Civil Veterinary Department Bengal reports 1933-51 - 1933-1951
Year: 1933
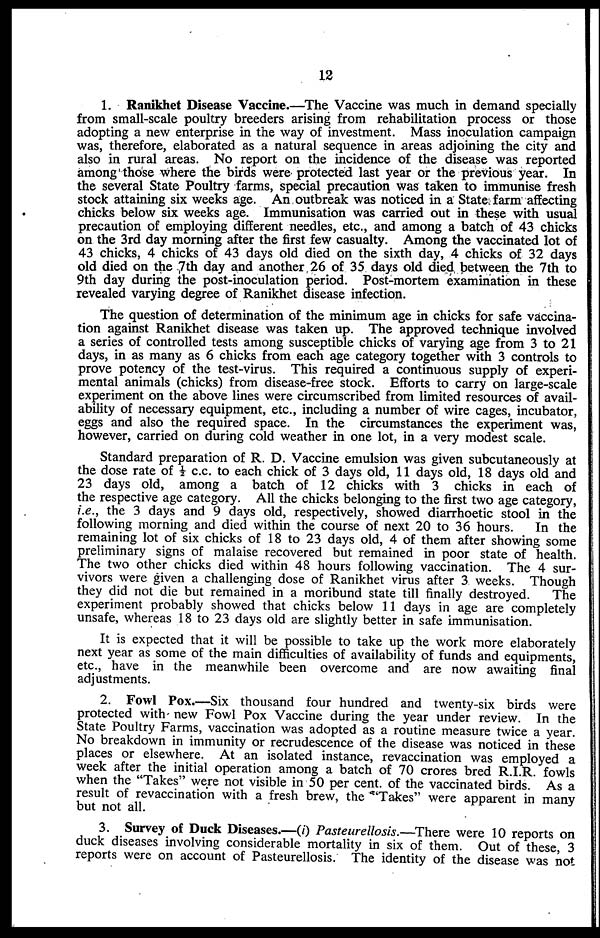
12
1. Ranikhet Disease Vaccine.—The Vaccine was much in demand specially
from small-scale poultry breeders arising from rehabilitation process or those
adopting a new enterprise in the way of investment. Mass inoculation campaign
was, therefore, elaborated as a natural sequence in areas adjoining the city and
also in rural areas. No report on the incidence of the disease was reported
among those where the birds were protected last year or the previous year. In
the several State Poultry farms, special precaution was taken to immunise fresh
stock attaining six weeks age. An outbreak was noticed in a State farm affecting
chicks below six weeks age. Immunisation was carried out in these with usual
precaution of employing different needles, etc., and among a batch of 43 chicks
on the 3rd day morning after the first few casualty. Among the vaccinated lot of
43 chicks, 4 chicks of 43 days old died on the sixth day, 4 chicks of 32 days
old died on the 7th day and another 26 of 35 days old died between the 7th to
9th day during the post-inoculation period. Post-mortem examination in these
revealed varying degree of Ranikhet disease infection.
The question of determination of the minimum age in chicks for safe vaccina-
tion against Ranikhet disease was taken up. The approved technique involved
a series of controlled tests among susceptible chicks of varying age from 3 to 21
days, in as many as 6 chicks from each age category together with 3 controls to
prove potency of the test-virus. This required a continuous supply of experi-
mental animals (chicks) from disease-free stock. Efforts to carry on large-scale
experiment on the above lines were circumscribed from limited resources of avail-
ability of necessary equipment, etc., including a number of wire cages, incubator,
eggs and also the required space. In the circumstances the experiment was,
however, carried on during cold weather in one lot, in a very modest scale.
Standard preparation of R. D. Vaccine emulsion was given subcutaneously at
the dose rate of ½ c.c. to each chick of 3 days old, 11 days old, 18 days old and
23 days old, among a batch of 12 chicks with 3 chicks in each of
the respective age category. All the chicks belonging to the first two age category,
i.e., the 3 days and 9 days old, respectively, showed diarrhoetic stool in the
following morning and died within the course of next 20 to 36 hours. In the
remaining lot of six chicks of 18 to 23 days old, 4 of them after showing some
preliminary signs of malaise recovered but remained in poor state of health.
The two other chicks died within 48 hours following vaccination. The 4 sur-
vivors were given a challenging dose of Ranikhet virus after 3 weeks. Though
they did not die but remained in a moribund state till finally destroyed.
The
experiment probably showed that chicks below 11 days in age are completely
unsafe, whereas 18 to 23 days old are slightly better in safe immunisation.
It is expected that it will be possible to take up the work more elaborately
next year as some of the main difficulties of availability of funds and equipments,
etc., have in the meanwhile been overcome and are now awaiting final
adjustments.
2. Fowl Pox.—Six thousand four hundred and twenty-six birds were
protected with new Fowl Pox Vaccine during the year under review. In the
State Poultry Farms, vaccination was adopted as a routine measure twice a year.
No breakdown in immunity or recrudescence of the disease was noticed in these
places or elsewhere. At an isolated instance, revaccination was employed a
week after the initial operation among a batch of 70 crores bred R.I.R. fowls
when the "Takes" were not visible in 50 per cent. of the vaccinated birds. As a
result of revaccination with a fresh brew, the "Takes" were apparent in many
but not all.
3. Survey of Duck Diseases.—(i) Pasteurellosis.—There were 10 reports on
duck diseases involving considerable mortality in six of them. Out of these, 3
reports were on account of Pasteurellosis. The identity of the disease was not